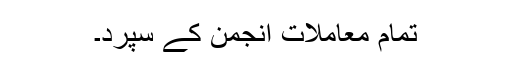
تمام معاملات انجمن کے سپرد۔